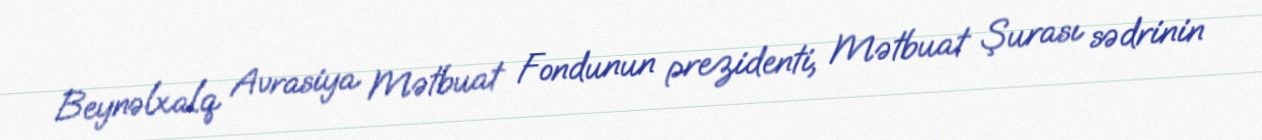
Beynəlxalq Avrasiya Mətbuat Fondunun prezidenti, Mətbuat Şurası sədrinin